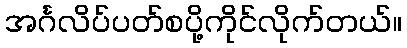
အင်္ဂလိပ်ပတ်စပို့ကိုင်လိုက်တယ်။